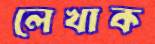
লেখাক